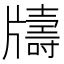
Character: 𤘀